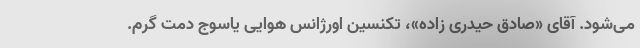
می‌شود. آقای «صادق حیدری زاده»، تکنسین اورژانس هوایی یاسوج دمت گرم.